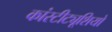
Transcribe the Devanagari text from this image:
कांस्टीट्यूशियो